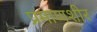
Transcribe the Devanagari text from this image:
प्रमाणशीर